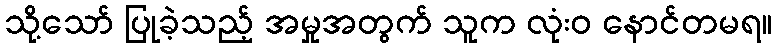
သို့သော် ပြုခဲ့သည့် အမှုအတွက် သူက လုံးဝ နောင်တမရ။